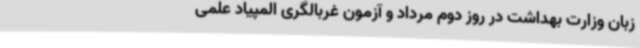
زبان وزارت بهداشت در روز دوم مرداد و آزمون غربالگری المپیاد علمی